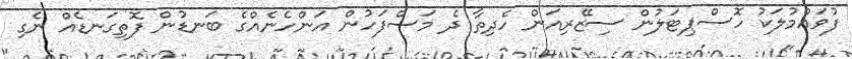
ފުވައްމުލަކު ހޮސްޕިޓަލުން ސިޒޭރިއަން ހެދިތާ ދެ މަސްފަހުން އަންހެނެއްގެ ބަނޑުން ފޮތިގަނޑެއް ނެގި